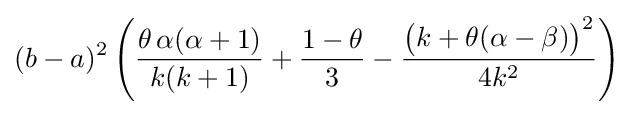
(b-a)^{2}\left({\frac {\theta \,\alpha (\alpha +1)}{k(k+1)}}+{\frac {1-\theta }{3}}-{\frac {{\bigl (}k+\theta (\alpha -\beta ){\bigr )}^{2}}{4k^{2}}}\right)